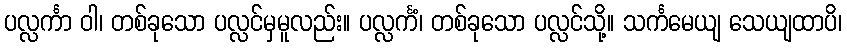
ပလ္လင်္ကာ ဝါ၊ တစ်ခုသော ပလ္လင်မှမူလည်း။ ပလ္လင်္ကံ၊ တစ်ခုသော ပလ္လင်သို့။ သင်္ကမေယျ သေယျထာပိ၊